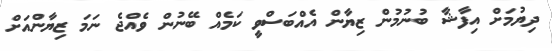
ދިޔުމަށް އިފާޝާ ބުނުމުން ޒިޔާން އެއްބަސްވީ ކަމެއް ބޭނުން ވެއްޖެ ނަމަ ޒިޔާންއަށް